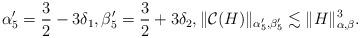
LaTeX: \begin{align*} \alpha_5'=\frac 32-3\delta_1, \beta_5'=\frac 32+3\delta_2, \| \mathcal C(H)\|_{\alpha_5',\beta_5'}\lesssim \| H\|_{\alpha,\beta}^3. \end{align*}